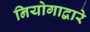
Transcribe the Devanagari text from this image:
नियोगाद्वारे